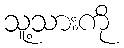
သူ့သားကို